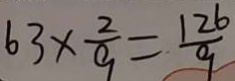
6 3 \times \frac { 2 } { 9 } = \frac { 1 2 6 } { 9 }